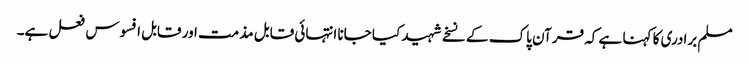
مسلم برادری کا کہنا ہے کہ قرآن پاک کے نسخے شہید کیا جانا انتہائی قابل مذمت اور قابل افسوس فعل ہے۔